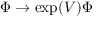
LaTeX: \Phi \rightarrow \exp ( V ) \Phi